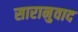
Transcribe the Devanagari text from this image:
सारानुवाद